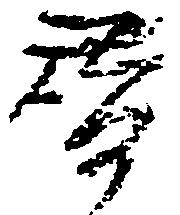
替